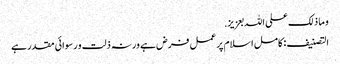
و ما ذلک علی اللہ بعزیز.
التصنیف : کامل اسلام پر عمل فرض ہے ورنہ ذلت و رسوائی مقدر ہے